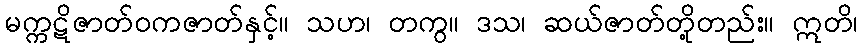
မက္ကဋိဇာတ်ဝကဇာတ်နှင့်။ သဟ၊ တကွ။ ဒသ၊ ဆယ်ဇာတ်တို့တည်း။ ဣတိ၊